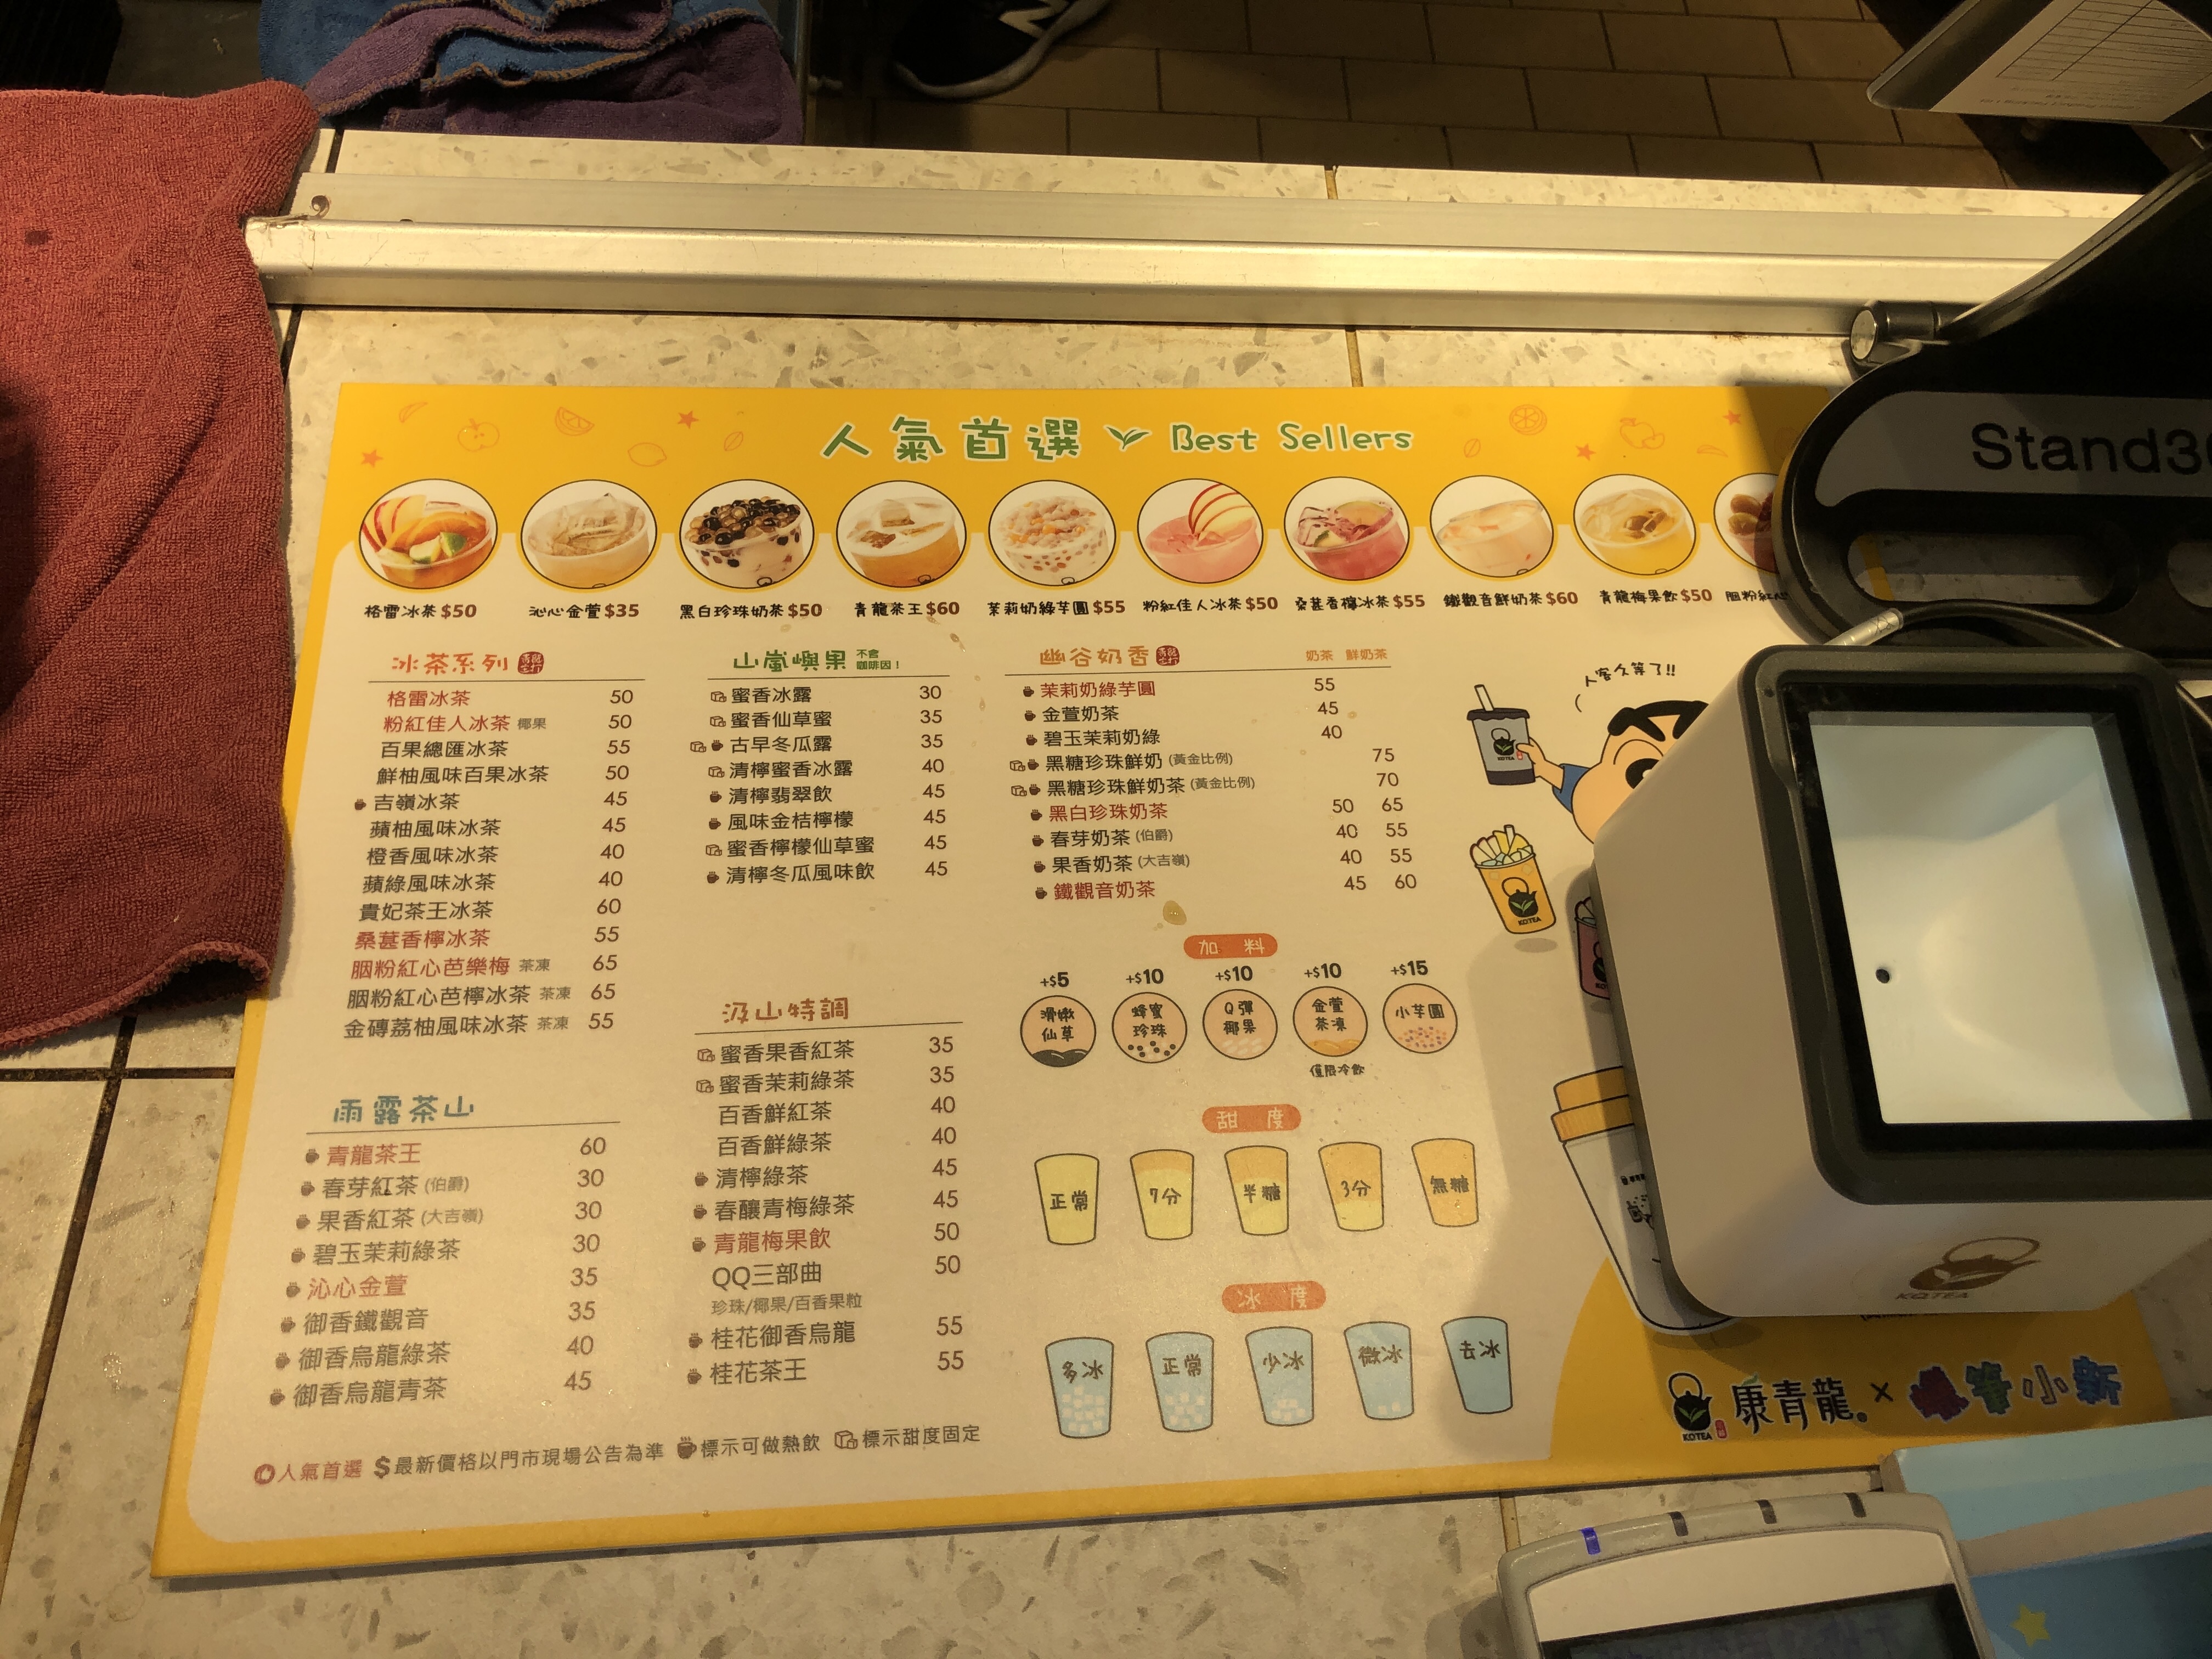
餐廳：康青龍
菜單：
name: 格雷冰茶
price: 50
name: 粉紅佳人冰茶
price: 50
name: 百果總匯冰茶
price: 55
name: 鮮柚風味百果冰茶
price: 50
name: 吉嶺冰茶
price: 45
name: 蘋果風味冰茶
price: 45
name: 橙香風味冰茶
price: 40
name: 蘋綠風味冰茶
price: 40
name: 貴妃茶王冰茶
price: 60
name: 桑葚檸檬冰茶
price: 55
name: 胭脂粉紅心芭樂梅
price: 65
name: 胭脂粉紅心芭樂冰茶
price: 65
name: 金磚荔枝風味冰茶
price: 55
name: 蜜香冰露
price: 30
name: 蜜香仙草蜜
price: 35
name: 古早冬瓜露
price: 35
name: 清檸蜜香冰露
price: 40
name: 清檸翡翠飲
price: 45
name: 風味金桔檸檬
price: 45
name: 蜜香檸檬仙草蜜
price: 45
name: 清檸冬瓜風味飲
price: 45
name: 蜜香果香紅茶
price: 35
name: 蜜香茉莉綠茶
price: 35
name: 百香鮮綠茶
price: 40
name: 清檸綠
price: 45
name: 春釀青梅綠茶
price: 45
name: 青龍梅果飲
price: 50
name: QQ三部曲
price: 50
name: 桂花御香烏龍
price: 55
name: 桂花茶王
price: 55
name: 茉莉奶綠
price: 55
name: 金萱奶茶
price: 45
name: 碧玉茉莉綠奶茶
price: 40
name: 黑白珍珠奶茶
price: 75
name: 黑白珍珠鮮奶茶
price: 70
name: 黑糖珍珠奶茶
price: 50
name: 黑糖珍珠鮮奶茶
price: 65
name: 珍珠奶茶
price: 40
name: 珍珠鮮奶茶
price: 55
name: 烏龍奶茶
price: 40
name: 烏龍鮮奶茶
price: 55
name: 觀音奶茶
price: 45
name: 觀音鮮奶茶
price: 60
name: 春芽奶茶
price: 40
name: 春芽鮮奶茶
price: 55
name: 果香奶茶
price: 40
name: 果香鮮奶茶
price: 55
name: 鐵觀音奶茶
price: 45
name: 鐵觀音鮮奶茶
price: 60
name: 青龍茶王
price: 60
name: 春芽紅茶(伯爵)
price: 30
name: 果香紅茶(大吉嶺)
price: 30
name: 碧玉茉莉綠茶
price: 30
name: 沁心金萱
price: 35
name: 御香鐵觀音
price: 40
name: 御香烏龍綠茶
price: 45
name: 御香烏龍青茶
price: 45